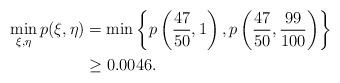
LaTeX: \begin{align*} \min_{\xi, \eta} p(\xi, \eta)& = \min\left\{p\left(\frac{47}{50}, 1\right), p\left(\frac{47}{50}, \frac{99}{100}\right)\right\}\\ &\ge 0.0046.\end{align*}